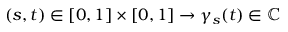
( s , t ) \in [ 0 , 1 ] \times [ 0 , 1 ] \to \gamma _ { s } ( t ) \in \mathbb { C }